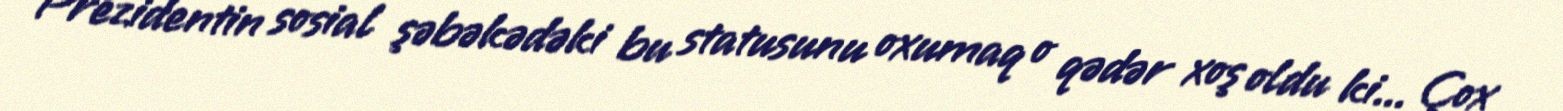
Prezidentin sosial şəbəkədəki bu statusunu oxumaq o qədər xoş oldu ki... Çox